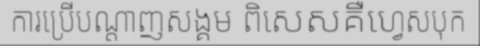
ការប្រើបណ្តាញសង្គម ពិសេសគឺហ្វេសបុក